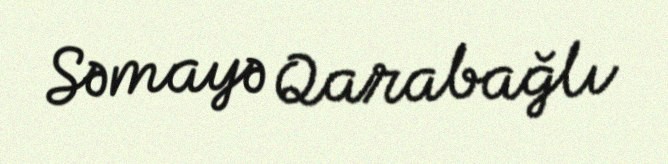
Səmayə Qarabağlı